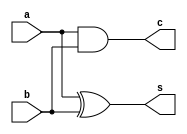
module half_adder(a,b,s,c);
input a,b;
output s,c;

assign s=a^b;
assign c=a&b;
endmodule